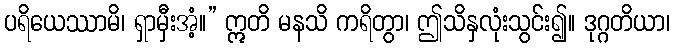
ပရိယေဿာမိ၊ ရှာမှီးအံ့။” ဣတိ မနသိ ကရိတွာ၊ ဤသိနှလုံးသွင်း၍။ ဒုဂ္ဂတိယာ၊